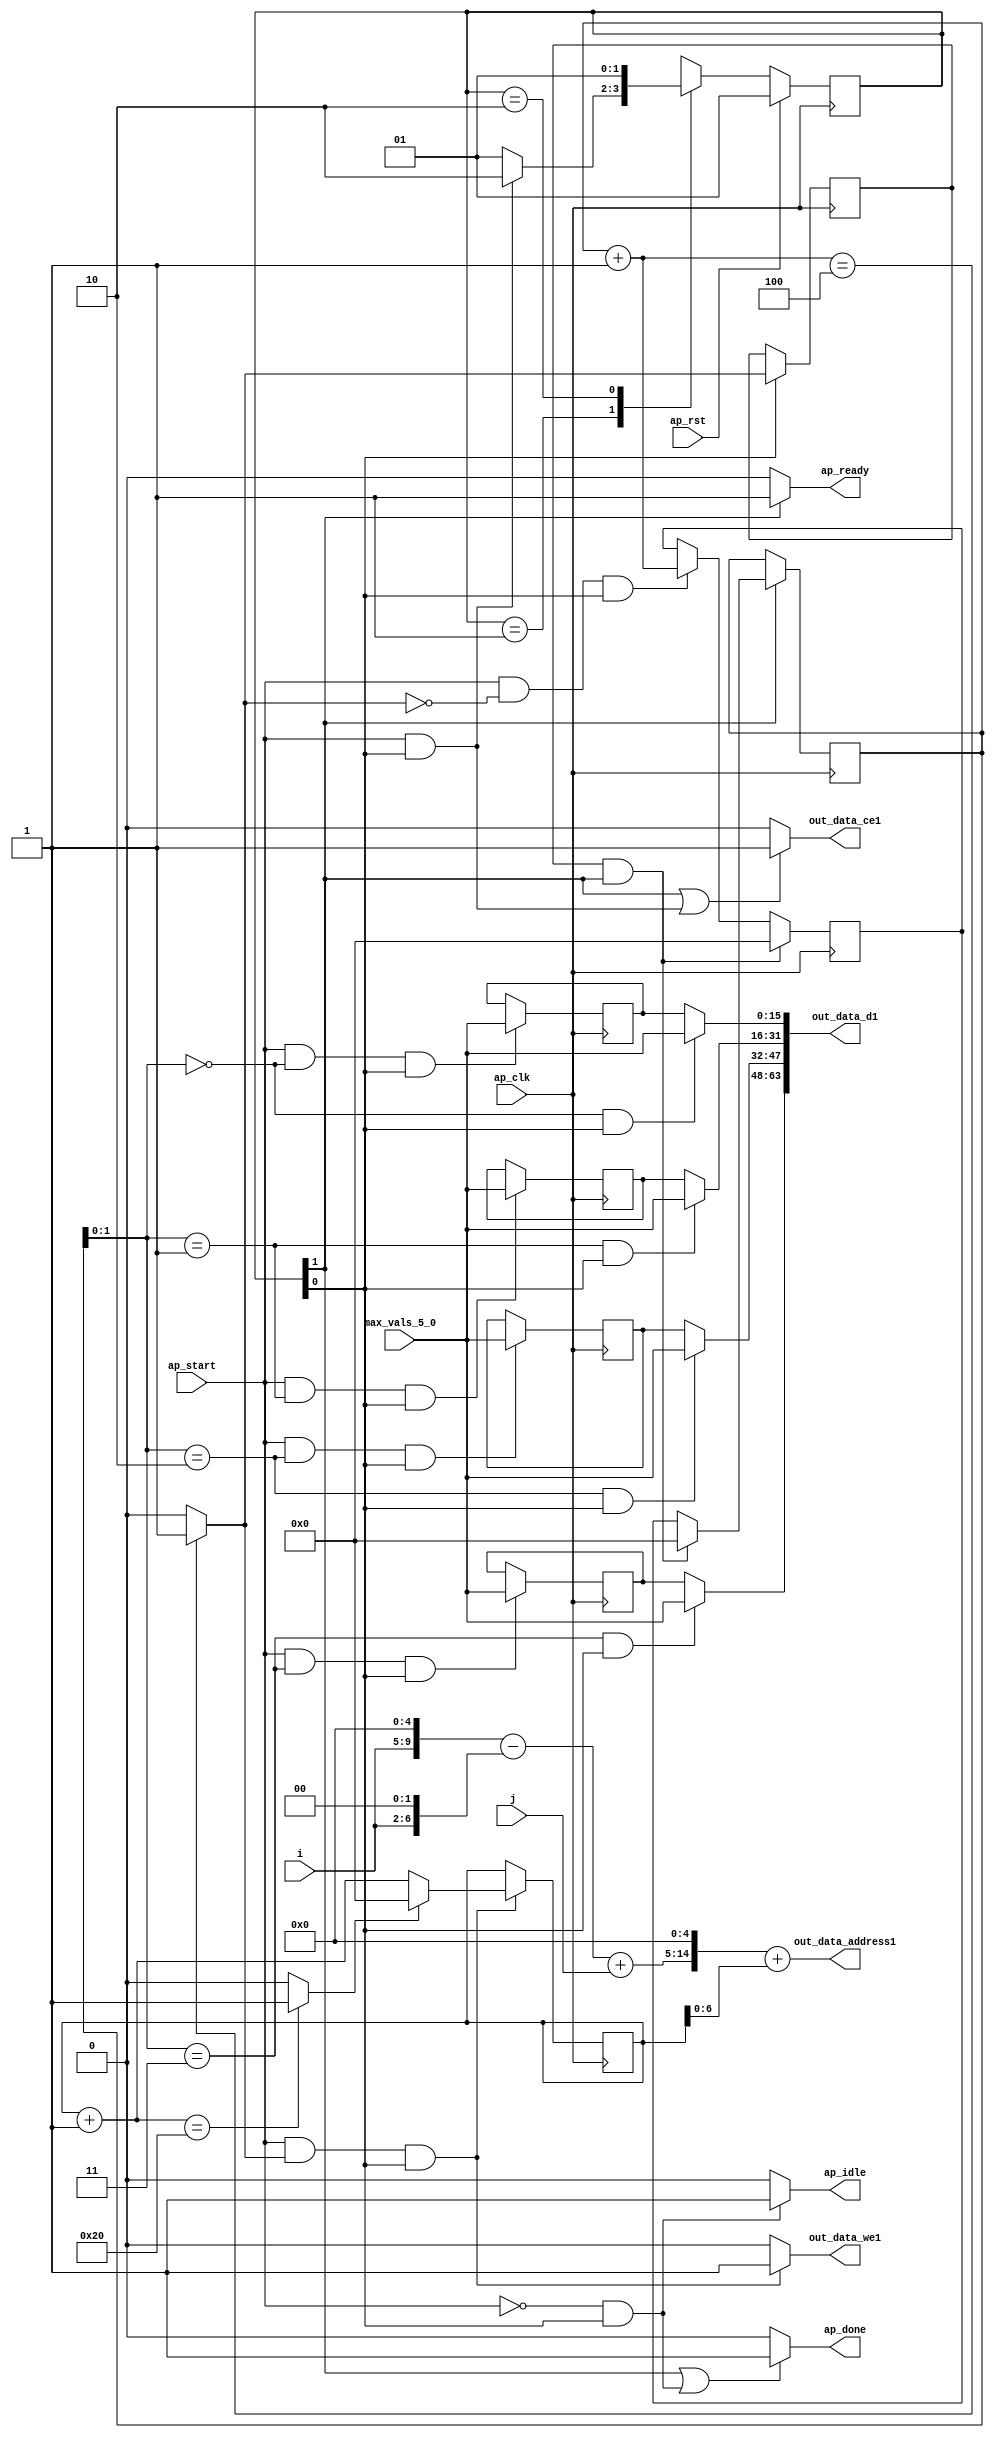
`define EXPONENT 5
`define MANTISSA 10
`define ACTUAL_MANTISSA 11
`define EXPONENT_LSB 10
`define EXPONENT_MSB 14
`define MANTISSA_LSB 0
`define MANTISSA_MSB 9
`define MANTISSA_MUL_SPLIT_LSB 3
`define MANTISSA_MUL_SPLIT_MSB 9
`define SIGN 1
`define SIGN_LOC 15
`define DWIDTH (`SIGN+`EXPONENT+`MANTISSA)
`define IEEE_COMPLIANCE 1

module td_fused_top_tdf5_writeOutputs_unaligned (
        ap_clk,
        ap_rst,
        ap_start,
        ap_done,
        ap_idle,
        ap_ready,
        i,
        j,
        out_data_address1,
        out_data_ce1,
        out_data_we1,
        out_data_d1,
        max_vals_5_0
);

parameter    ap_ST_fsm_state1 = 2'd1;
parameter    ap_ST_fsm_state2 = 2'd2;

input   ap_clk;
input   ap_rst;
input   ap_start;
output   ap_done;
output   ap_idle;
output   ap_ready;
input  [4:0] i;
input  [9:0] j;
output  [14:0] out_data_address1;
output   out_data_ce1;
output   out_data_we1;
output  [63:0] out_data_d1;
input  [15:0] max_vals_5_0;

reg ap_done;
reg ap_idle;
reg ap_ready;
reg out_data_ce1;
reg out_data_we1;

  reg   [1:0] ap_CS_fsm;
wire    ap_CS_fsm_state1;
reg   [15:0] outputCount_5;
reg   [15:0] outputChanIdx_5;
reg   [15:0] outputRow_11_0;
reg   [15:0] outputRow_11_1;
reg   [15:0] outputRow_11_2;
reg   [15:0] outputRow_11_3;
wire   [15:0] add_ln87_fu_173_p2;
wire   [0:0] icmp_ln88_fu_179_p2;
reg   [0:0] icmp_ln88_reg_293;
reg   [15:0] ap_phi_mux_empty_phi_fu_90_p4;
reg   [15:0] empty_reg_87;
wire    ap_CS_fsm_state2;
wire   [63:0] zext_ln94_8_fu_207_p1;
wire   [15:0] select_ln97_fu_265_p3;
wire   [1:0] trunc_ln86_fu_145_p1;
reg   [15:0] ap_sig_allocacmp_outputRow_11_0_load;
reg   [15:0] ap_sig_allocacmp_outputRow_11_1_load;
reg   [15:0] ap_sig_allocacmp_outputRow_11_2_load;
reg   [15:0] ap_sig_allocacmp_outputRow_11_3_load;
wire   [6:0] tmp_s_fu_105_p3;
wire   [9:0] tmp_fu_97_p3;
wire   [9:0] zext_ln94_fu_113_p1;
wire   [9:0] sub_ln94_fu_117_p2;
wire   [9:0] add_ln94_fu_123_p2;
wire   [6:0] trunc_ln94_fu_193_p1;
wire   [14:0] tmp_60_cast_fu_129_p3;
wire   [14:0] zext_ln94_7_fu_197_p1;
wire   [14:0] add_ln94_4_fu_201_p2;
wire   [15:0] bitcast_ln94_12_fu_236_p1;
wire   [15:0] bitcast_ln94_11_fu_228_p1;
wire   [15:0] bitcast_ln94_10_fu_220_p1;
wire   [15:0] bitcast_ln94_fu_212_p1;
wire   [15:0] add_ln96_fu_253_p2;
wire   [0:0] icmp_ln97_fu_259_p2;
reg   [1:0] ap_NS_fsm;
wire    ap_ce_reg;

// power-on initialization
initial begin
#0 ap_CS_fsm = 2'd1;
#0 outputCount_5 = 16'd0;
#0 outputChanIdx_5 = 16'd0;
#0 outputRow_11_0 = 16'd0;
#0 outputRow_11_1 = 16'd0;
#0 outputRow_11_2 = 16'd0;
#0 outputRow_11_3 = 16'd0;
end

always @ (posedge ap_clk) begin
    if (ap_rst == 1'b1) begin
        ap_CS_fsm <= ap_ST_fsm_state1;
    end else begin
        ap_CS_fsm <= ap_NS_fsm;
    end
end

always @ (posedge ap_clk) begin
    if (((icmp_ln88_reg_293 == 1'd1) & (1'b1 == ap_CS_fsm_state2))) begin
        empty_reg_87 <= 16'd0;
    end else if (((ap_start == 1'b1) & (icmp_ln88_fu_179_p2 == 1'd0) & (1'b1 == ap_CS_fsm_state1))) begin
        empty_reg_87 <= add_ln87_fu_173_p2;
    end
end

always @ (posedge ap_clk) begin
    if ((1'b1 == ap_CS_fsm_state1)) begin
        icmp_ln88_reg_293 <= icmp_ln88_fu_179_p2;
    end
end

always @ (posedge ap_clk) begin
    if (((ap_start == 1'b1) & (icmp_ln88_fu_179_p2 == 1'd1) & (1'b1 == ap_CS_fsm_state1))) begin
        outputChanIdx_5 <= select_ln97_fu_265_p3;
    end
end

always @ (posedge ap_clk) begin
    if ((1'b1 == ap_CS_fsm_state2)) begin
        outputCount_5 <= ap_phi_mux_empty_phi_fu_90_p4;
    end
end

always @ (posedge ap_clk) begin
    if (((ap_start == 1'b1) & (trunc_ln86_fu_145_p1 == 2'd0) & (1'b1 == ap_CS_fsm_state1))) begin
        outputRow_11_0 <= max_vals_5_0;
    end
end

always @ (posedge ap_clk) begin
    if (((ap_start == 1'b1) & (trunc_ln86_fu_145_p1 == 2'd1) & (1'b1 == ap_CS_fsm_state1))) begin
        outputRow_11_1 <= max_vals_5_0;
    end
end

always @ (posedge ap_clk) begin
    if (((ap_start == 1'b1) & (trunc_ln86_fu_145_p1 == 2'd2) & (1'b1 == ap_CS_fsm_state1))) begin
        outputRow_11_2 <= max_vals_5_0;
    end
end

always @ (posedge ap_clk) begin
    if (((ap_start == 1'b1) & (trunc_ln86_fu_145_p1 == 2'd3) & (1'b1 == ap_CS_fsm_state1))) begin
        outputRow_11_3 <= max_vals_5_0;
    end
end

always @ (*) begin
    if (((1'b1 == ap_CS_fsm_state2) | ((ap_start == 1'b0) & (1'b1 == ap_CS_fsm_state1)))) begin
        ap_done = 1'b1;
    end else begin
        ap_done = 1'b0;
    end
end

always @ (*) begin
    if (((ap_start == 1'b0) & (1'b1 == ap_CS_fsm_state1))) begin
        ap_idle = 1'b1;
    end else begin
        ap_idle = 1'b0;
    end
end

always @ (*) begin
    if (((icmp_ln88_reg_293 == 1'd1) & (1'b1 == ap_CS_fsm_state2))) begin
        ap_phi_mux_empty_phi_fu_90_p4 = 16'd0;
    end else begin
        ap_phi_mux_empty_phi_fu_90_p4 = empty_reg_87;
    end
end

always @ (*) begin
    if ((1'b1 == ap_CS_fsm_state2)) begin
        ap_ready = 1'b1;
    end else begin
        ap_ready = 1'b0;
    end
end

always @ (*) begin
    if (((trunc_ln86_fu_145_p1 == 2'd0) & (1'b1 == ap_CS_fsm_state1))) begin
        ap_sig_allocacmp_outputRow_11_0_load = max_vals_5_0;
    end else begin
        ap_sig_allocacmp_outputRow_11_0_load = outputRow_11_0;
    end
end

always @ (*) begin
    if (((trunc_ln86_fu_145_p1 == 2'd1) & (1'b1 == ap_CS_fsm_state1))) begin
        ap_sig_allocacmp_outputRow_11_1_load = max_vals_5_0;
    end else begin
        ap_sig_allocacmp_outputRow_11_1_load = outputRow_11_1;
    end
end

always @ (*) begin
    if (((trunc_ln86_fu_145_p1 == 2'd2) & (1'b1 == ap_CS_fsm_state1))) begin
        ap_sig_allocacmp_outputRow_11_2_load = max_vals_5_0;
    end else begin
        ap_sig_allocacmp_outputRow_11_2_load = outputRow_11_2;
    end
end

always @ (*) begin
    if (((trunc_ln86_fu_145_p1 == 2'd3) & (1'b1 == ap_CS_fsm_state1))) begin
        ap_sig_allocacmp_outputRow_11_3_load = max_vals_5_0;
    end else begin
        ap_sig_allocacmp_outputRow_11_3_load = outputRow_11_3;
    end
end

always @ (*) begin
    if (((1'b1 == ap_CS_fsm_state2) | ((ap_start == 1'b1) & (1'b1 == ap_CS_fsm_state1)))) begin
        out_data_ce1 = 1'b1;
    end else begin
        out_data_ce1 = 1'b0;
    end
end

always @ (*) begin
    if (((ap_start == 1'b1) & (icmp_ln88_fu_179_p2 == 1'd1) & (1'b1 == ap_CS_fsm_state1))) begin
        out_data_we1 = 1'b1;
    end else begin
        out_data_we1 = 1'b0;
    end
end

always @ (*) begin
    case (ap_CS_fsm)
        ap_ST_fsm_state1 : begin
            if (((ap_start == 1'b1) & (1'b1 == ap_CS_fsm_state1))) begin
                ap_NS_fsm = ap_ST_fsm_state2;
            end else begin
                ap_NS_fsm = ap_ST_fsm_state1;
            end
        end
        ap_ST_fsm_state2 : begin
            ap_NS_fsm = ap_ST_fsm_state1;
        end
        default : begin
            ap_NS_fsm = 'bx;
        end
    endcase
end

assign add_ln87_fu_173_p2 = (outputCount_5 + 16'd1);

assign add_ln94_4_fu_201_p2 = (tmp_60_cast_fu_129_p3 + zext_ln94_7_fu_197_p1);

assign add_ln94_fu_123_p2 = (sub_ln94_fu_117_p2 + j);

assign add_ln96_fu_253_p2 = (outputChanIdx_5 + 16'd1);

assign ap_CS_fsm_state1 = ap_CS_fsm[32'd0];

assign ap_CS_fsm_state2 = ap_CS_fsm[32'd1];

assign bitcast_ln94_10_fu_220_p1 = ap_sig_allocacmp_outputRow_11_1_load;

assign bitcast_ln94_11_fu_228_p1 = ap_sig_allocacmp_outputRow_11_2_load;

assign bitcast_ln94_12_fu_236_p1 = ap_sig_allocacmp_outputRow_11_3_load;

assign bitcast_ln94_fu_212_p1 = ap_sig_allocacmp_outputRow_11_0_load;

assign icmp_ln88_fu_179_p2 = ((add_ln87_fu_173_p2 == 16'd4) ? 1'b1 : 1'b0);

assign icmp_ln97_fu_259_p2 = ((add_ln96_fu_253_p2 == 16'd32) ? 1'b1 : 1'b0);

assign out_data_address1 = zext_ln94_8_fu_207_p1;

assign out_data_d1 = {{{{bitcast_ln94_12_fu_236_p1}, {bitcast_ln94_11_fu_228_p1}}, {bitcast_ln94_10_fu_220_p1}}, {bitcast_ln94_fu_212_p1}};

assign select_ln97_fu_265_p3 = ((icmp_ln97_fu_259_p2[0:0] == 1'b1) ? 16'd0 : add_ln96_fu_253_p2);

assign sub_ln94_fu_117_p2 = (tmp_fu_97_p3 - zext_ln94_fu_113_p1);

assign tmp_60_cast_fu_129_p3 = {{add_ln94_fu_123_p2}, {5'd0}};

assign tmp_fu_97_p3 = {{i}, {5'd0}};

assign tmp_s_fu_105_p3 = {{i}, {2'd0}};

assign trunc_ln86_fu_145_p1 = outputCount_5[1:0];

assign trunc_ln94_fu_193_p1 = outputChanIdx_5[6:0];

assign zext_ln94_7_fu_197_p1 = trunc_ln94_fu_193_p1;

assign zext_ln94_8_fu_207_p1 = add_ln94_4_fu_201_p2;

assign zext_ln94_fu_113_p1 = tmp_s_fu_105_p3;

endmodule //td_fused_top_tdf5_writeOutputs_unaligned